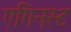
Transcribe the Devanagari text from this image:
एगिनस्ट